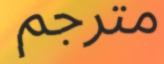
مترجم